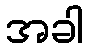
အခါ